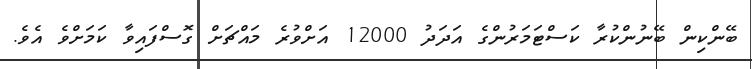
ބޭންކިން ބޭނުންކުރާ ކަސްޓަމަރުންގެ އަދަދު 12000 އަށްވުރެ މައްޗަށް ގޮސްފައިވާ ކަމަށްވެ އެވެ.